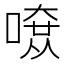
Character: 𠼄